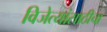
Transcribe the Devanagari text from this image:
विजेत्यांसाठीचा